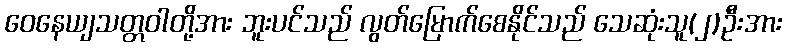
ဝေနေယျသတ္တဝါတို့အား ဘူးပင်သည် လွတ်မြောက်စေနိုင်သည် သေဆုံးသူ(၂)ဦးအား